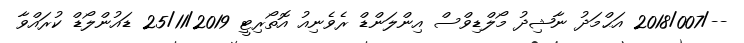
--/2018/007 އަޙްމަދު ނާޝިދު މޯލްޑިވްސް އިންލަންޑް ރެވެނިއު އޮތޯރިޓީ 25/11/2019 ޑައުންލޯޑް ކުރައްވާ